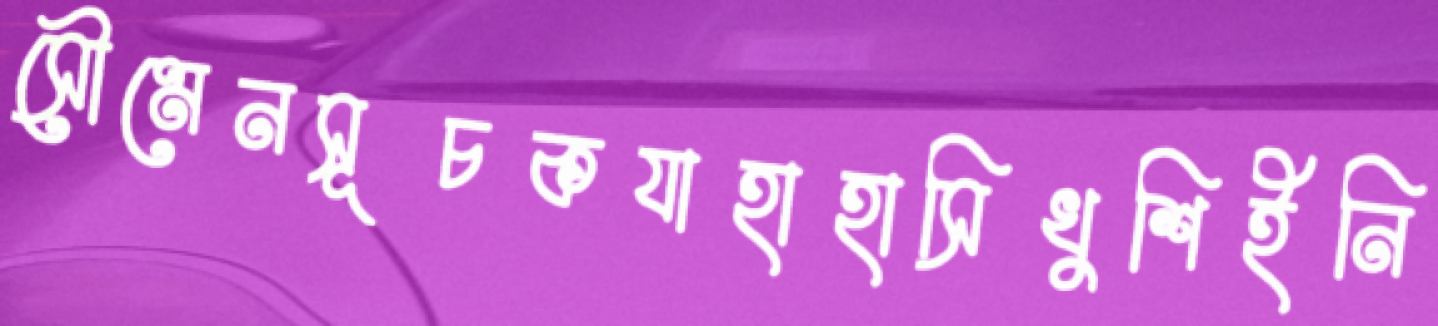
সৌমেনসূচকযাহাহাসিখুশিইনি